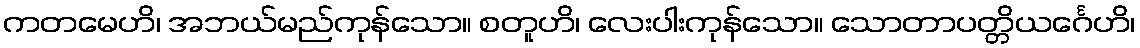
ကတမေဟိ၊ အဘယ်မည်ကုန်သော။ စတူဟိ၊ လေးပါးကုန်သော။ သောတာပတ္တိယင်္ဂေဟိ၊